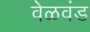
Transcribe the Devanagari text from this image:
वेळवंड